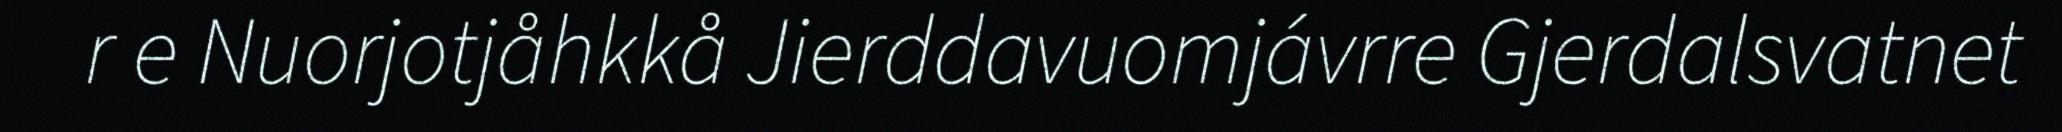
r e Nuorjotjåhkkå Jierddavuomjávrre Gjerdalsvatnet